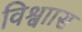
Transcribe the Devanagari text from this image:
विश्वाास